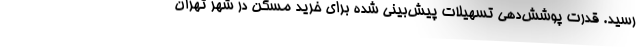
رسید. قدرت پوشش‌دهی تسهیلات پیش‌بینی شده برای خرید مسکن در شهر تهران